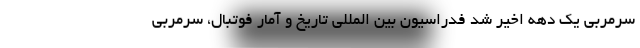
سرمربی یک دهه اخیر شد فدراسیون بین المللی تاریخ و آمار فوتبال، سرمربی